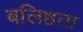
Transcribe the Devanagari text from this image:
बलिष्ठता